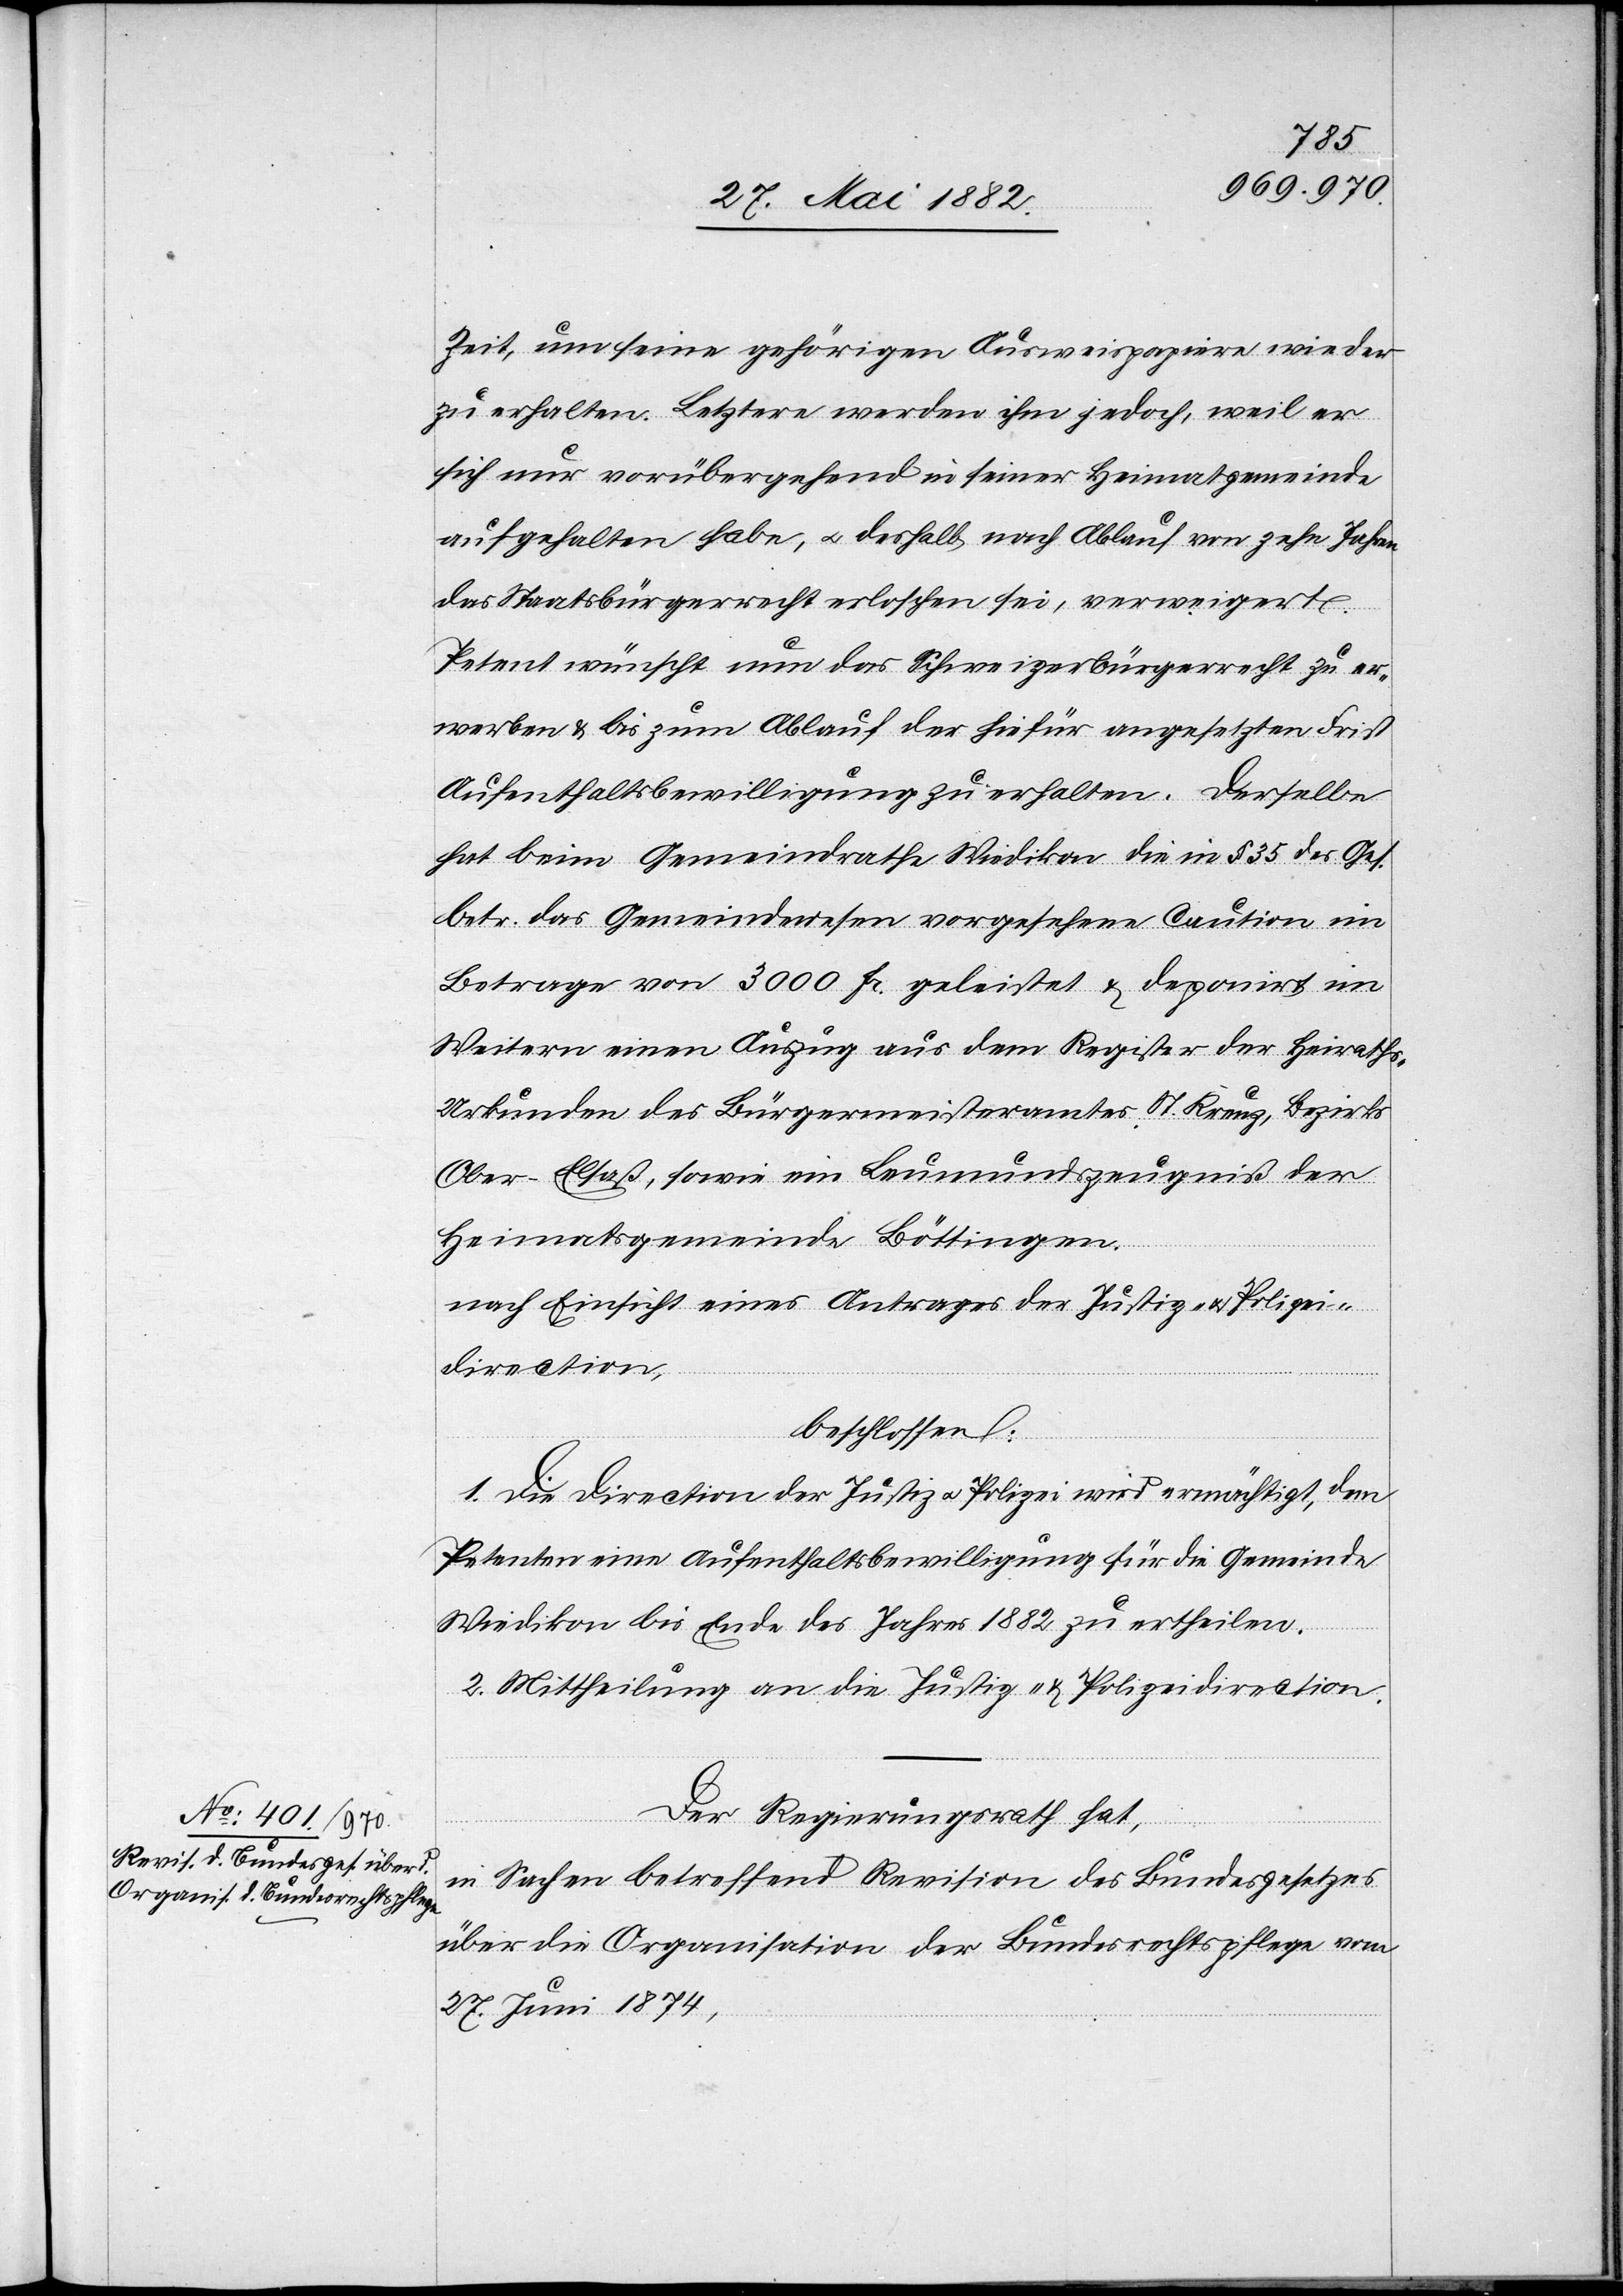
Zeit, um seine gehörigen Ausweispapiere wieder
zu erhalten. Letztere werden ihm jedoch, weil er
sich nur vorübergehend in seiner Heimatgemeinde
aufgehalten habe, u. deshalb nach Ablauf von zehn Jahren
das Staatsbürgerrecht erloschen sei, verweigert.
Petent wünscht nun das Schweizerbürgerrecht zu er¬
werben & bis zum Ablauf der hiefür angesetzten Frist
Aufenthaltsbewilligung zu erhalten. Derselbe
hat beim Gemeindrathe Wiedikon die in § 35 des Ges.
betr. das Gemeindewesen vorgesehene Caution im
Betrage von 3000 Fr. geleistet & deponirt im
Weitern einen Auszug aus dem Register der Heirath¬
s-Urkunden des Bürgermeisteramtes St. Kreuz, Bezirks
Ober-Elsaß, sowie ein Leumundszeugniß der
Heimatgemeinde Böttingen.
nach Einsicht eines Antrages der Justiz- & Polizei¬
direction,
beschlossen:
1. Die Direction der Justiz & Polizei wird ermächtigt, dem
Petenten eine Aufenthaltsbewilligung für die Gemeinde
Wiedikon bis Ende des Jahres 1882 zu ertheilen.
2. Mittheilung an die Justiz- & Polizeidirection.
Der Regierungsrath hat,
in Sachen betreffend Revision des Bundesgesetzes
über die Organisation der Bundesrechtspflege vom
27. Juni 1874,